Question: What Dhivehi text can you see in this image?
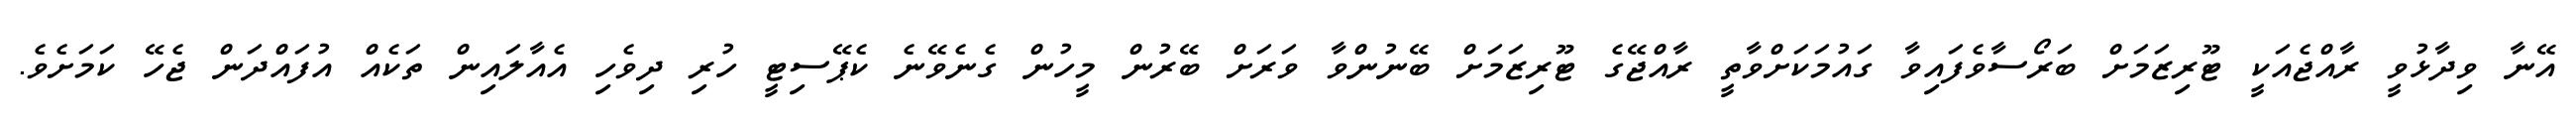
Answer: އޭނާ ވިދާޅުވީ ރާއްޖެއަކީ ޓޫރިޒަމަށް ބަރޯސާވެފައިވާ ގައުމަކަށްވާތީ ރާއްޖޭގެ ޓޫރިޒަމަށް ބޭނުންވާ ވަރަށް ބޭރުން މީހުން ގެނެވޭނެ ކެޕޭސިޓީ ހުރި ދިވެހި އެއާލައިން ތަކެއް އުފައްދަން ޖެހޭ ކަމަށެވެ.